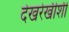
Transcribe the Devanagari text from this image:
देखरेखीशी